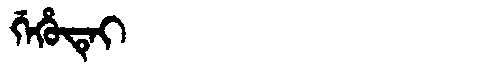
Manchu: ᡤᡝᡥᡠᡨᡝᡳ
Romanization: GEHUTEI